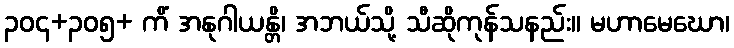
၃၀၄+၃၀၅+ ကိံ အနုဂါယန္တိ၊ အဘယ်သို့ သီဆိုကုန်သနည်း။ မဟာမေဃော၊